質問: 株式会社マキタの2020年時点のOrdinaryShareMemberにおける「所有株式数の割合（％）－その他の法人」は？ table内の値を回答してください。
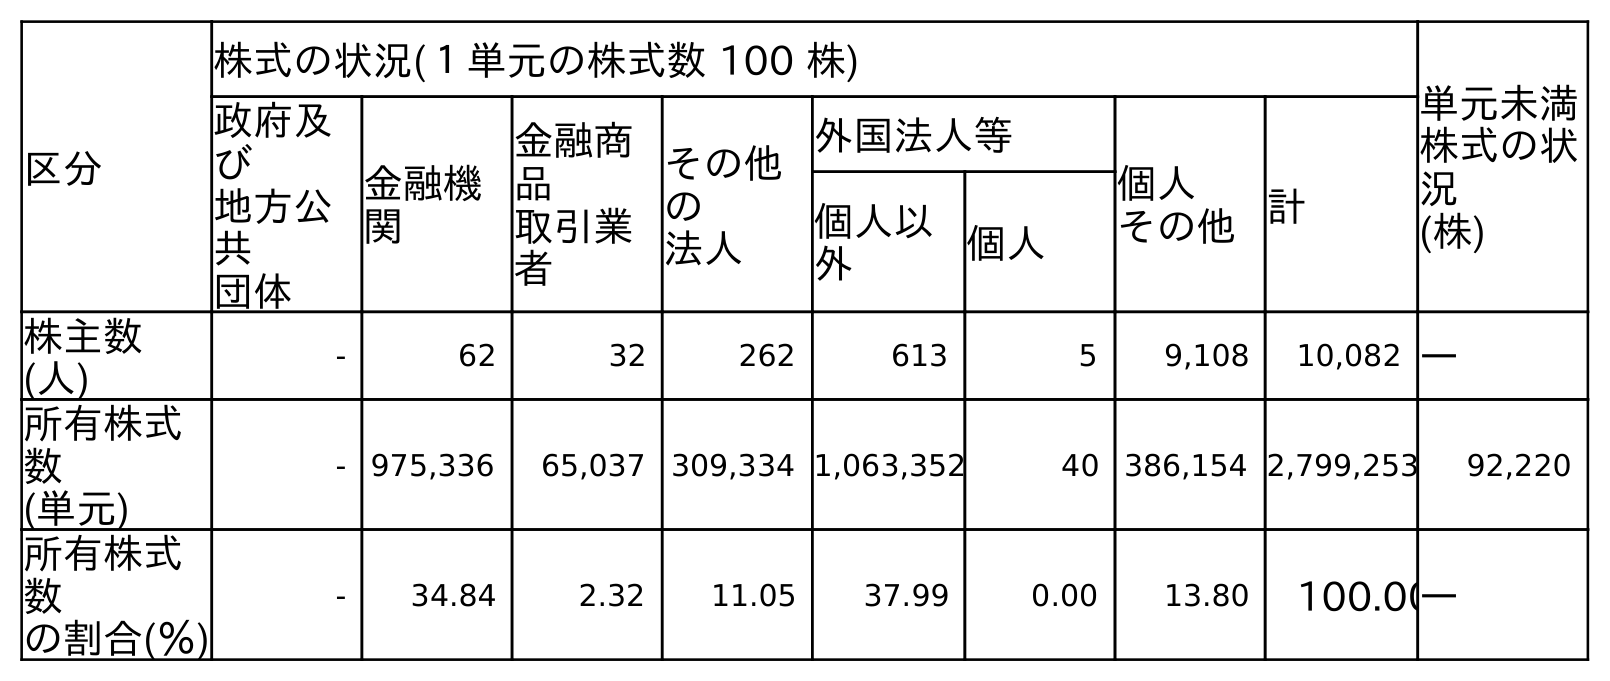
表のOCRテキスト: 区分 株式の状況(１単元の株式数 100 株) 単元未満 株式の状 況 (株) 政府及 び 地方公 共 団体 金融機 関 金融商 品 取引業 者 その他 の 法人 外国法人等 個人 その他計 個人以 外 個人 株主数 (人) - 62 32 262 613 5 9,108 10,082 ― 所有株式 数 (単元) - 975,336 65,037 309,334 1,063,352 40 386,154 2,799,253 92,220 所有株式 数 の割合(％) - 34.84 2.32 11.05 37.99 0.00 13.80 100.00―
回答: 11.05